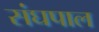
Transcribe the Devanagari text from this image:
संघपाल